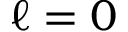
\ell = 0